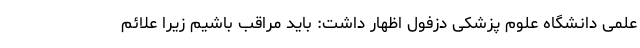
علمی دانشگاه علوم پزشکی دزفول اظهار داشت: باید مراقب باشیم زیرا علائم